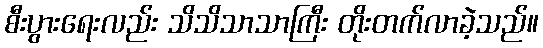
စီးပွားရေးလည်း သိသိသာသာကြီး တိုးတက်လာခဲ့သည်။